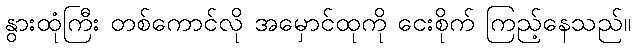
နွားထုံကြီး တစ်ကောင်လို အမှောင်ထုကို ငေးစိုက် ကြည့်နေသည်။